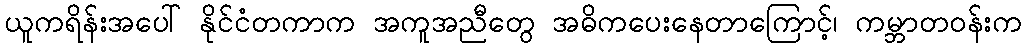
ယူကရိန်းအပေါ် နိုင်ငံတကာက အကူအညီတွေ အဓိကပေးနေတာကြောင့်၊ ကမ္ဘာတဝန်းက